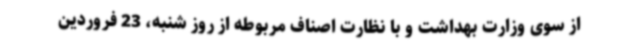
از سوی وزارت بهداشت و با نظارت اصناف مربوطه از روز شنبه، 23 فروردین